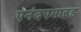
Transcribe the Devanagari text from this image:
एनंदएमाइड